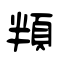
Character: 頖